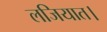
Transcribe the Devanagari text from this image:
लजियात।